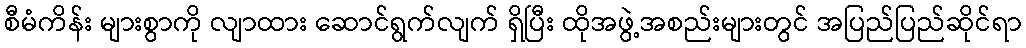
စီမံကိန်း များစွာကို လျာထား ဆောင်ရွက်လျက် ရှိပြီး ထိုအဖွဲ့အစည်းများတွင် အပြည်ပြည်ဆိုင်ရာ